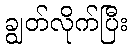
ချွတ်လိုက်ပြီး